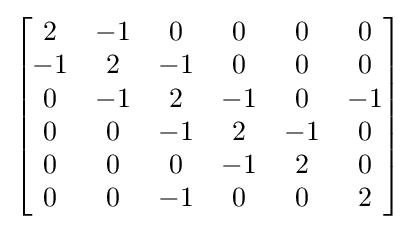
\left[{\begin{matrix}2&-1&0&0&0&0\\-1&2&-1&0&0&0\\0&-1&2&-1&0&-1\\0&0&-1&2&-1&0\\0&0&0&-1&2&0\\0&0&-1&0&0&2\end{matrix}}\right]